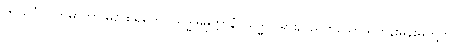
ဤသိင်္ဂါလကမာတာ မထေရ်မကို။ သဒ္ဓါဓိမုတ္တာနံ၊ သဒ္ဓါတရား၌ ညွတ်သော ရဟန်းမိန်းမတို့တွင်။